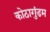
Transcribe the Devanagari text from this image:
कोठागुंडम